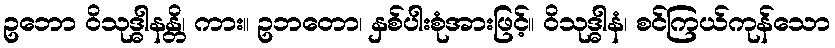
ဥဘော ဝိသုဒ္ဓါနန္တိ၊ ကား။ ဥဘတော၊ နှစ်ပါးစုံအားဖြင့်။ ဝိသုဒ္ဓါနံ၊ စင်ကြယ်ကုန်သော